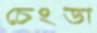
চেংডা